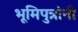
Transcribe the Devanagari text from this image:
भूमिपुत्रांनी